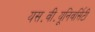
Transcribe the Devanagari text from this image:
यस॰वी॰यूनिवर्सिटी